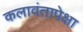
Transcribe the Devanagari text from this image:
कलावंतापेक्षा